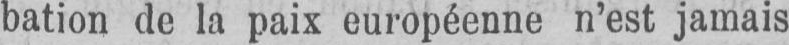
bation de la paix européenne n’est jamais